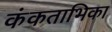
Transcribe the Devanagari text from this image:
कंकताभिका